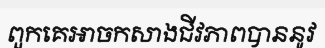
ពួកគេអាចកសាងជីវភាពបាននូវ